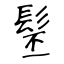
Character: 髬